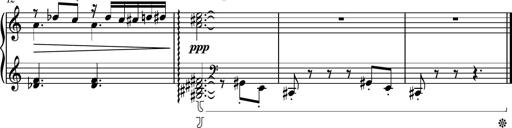
Title: Piano Sonatina No.7
Composer: Dimitri Sykias
Key: G major